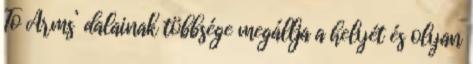
To Arms’ dalainak többsége megállja a helyét és olyan